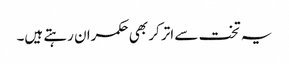
یہ تخت سے اتر کر بھی حکمران رہتے ہیں۔